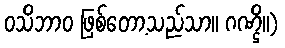
ဝသိဘာဝ ဖြစ်တော့သည်သာ။ ဂဏ္ဌိ။)